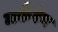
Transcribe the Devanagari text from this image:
मकैरेन